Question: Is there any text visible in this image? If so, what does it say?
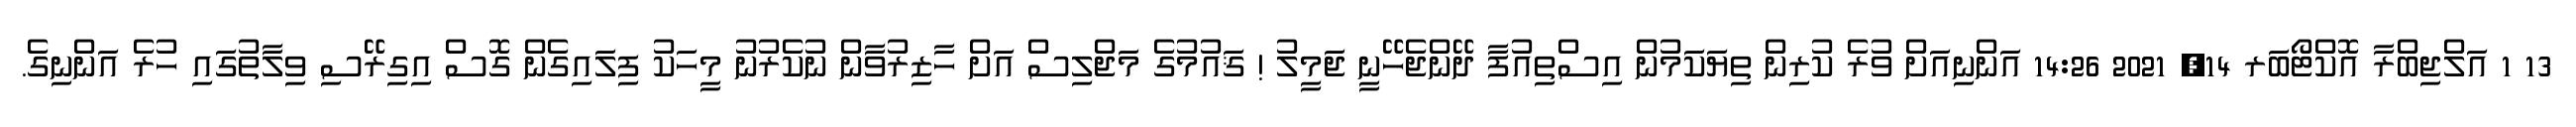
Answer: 13 1 އަލްޖިބްރާ އޮކްޓޯބަރ 14, 2021 14:26 އަންނިއަށް ވުރެ ކުރިން ތިޔަކަމުން އިސްތިއުފާ ދޭންޖެހޭނީ ޖަމީލު ! ޤައުމުގެ މަޖްލިސް އަށް ހާޒިރުވާން ނުކެރުނު މީހަކު ފިލައިގެން ގޮސް އިގިރޭސި ވިލާތުގައި ހުރެ އަންނިގެ.